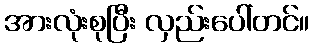
အားလုံးစုပြီး လှည်းပေါ်တင်။